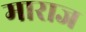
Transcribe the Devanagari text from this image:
माराज